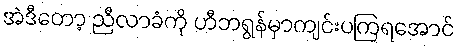
အဲဒီတော့ ညီလာခံကို ဟီဘရွန်မှာကျင်းပကြရအောင်